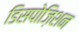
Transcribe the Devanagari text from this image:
डिसपोज़िशन